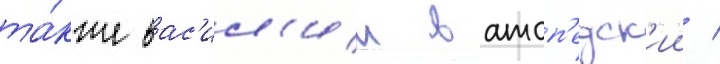
та́кже вас'ил'ии ватоп'едск'ии /